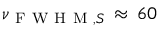
\nu _ { \mathrm { ~ F ~ W ~ H ~ M ~ } , S } \, \approx \, 6 0